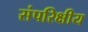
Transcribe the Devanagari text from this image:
संपरिक्षीय